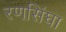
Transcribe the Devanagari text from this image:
रणसिंघा